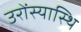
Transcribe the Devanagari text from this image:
उरोंस्यास्थि